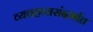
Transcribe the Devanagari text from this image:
व्यवहारासंदर्भात